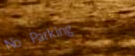
No Parking